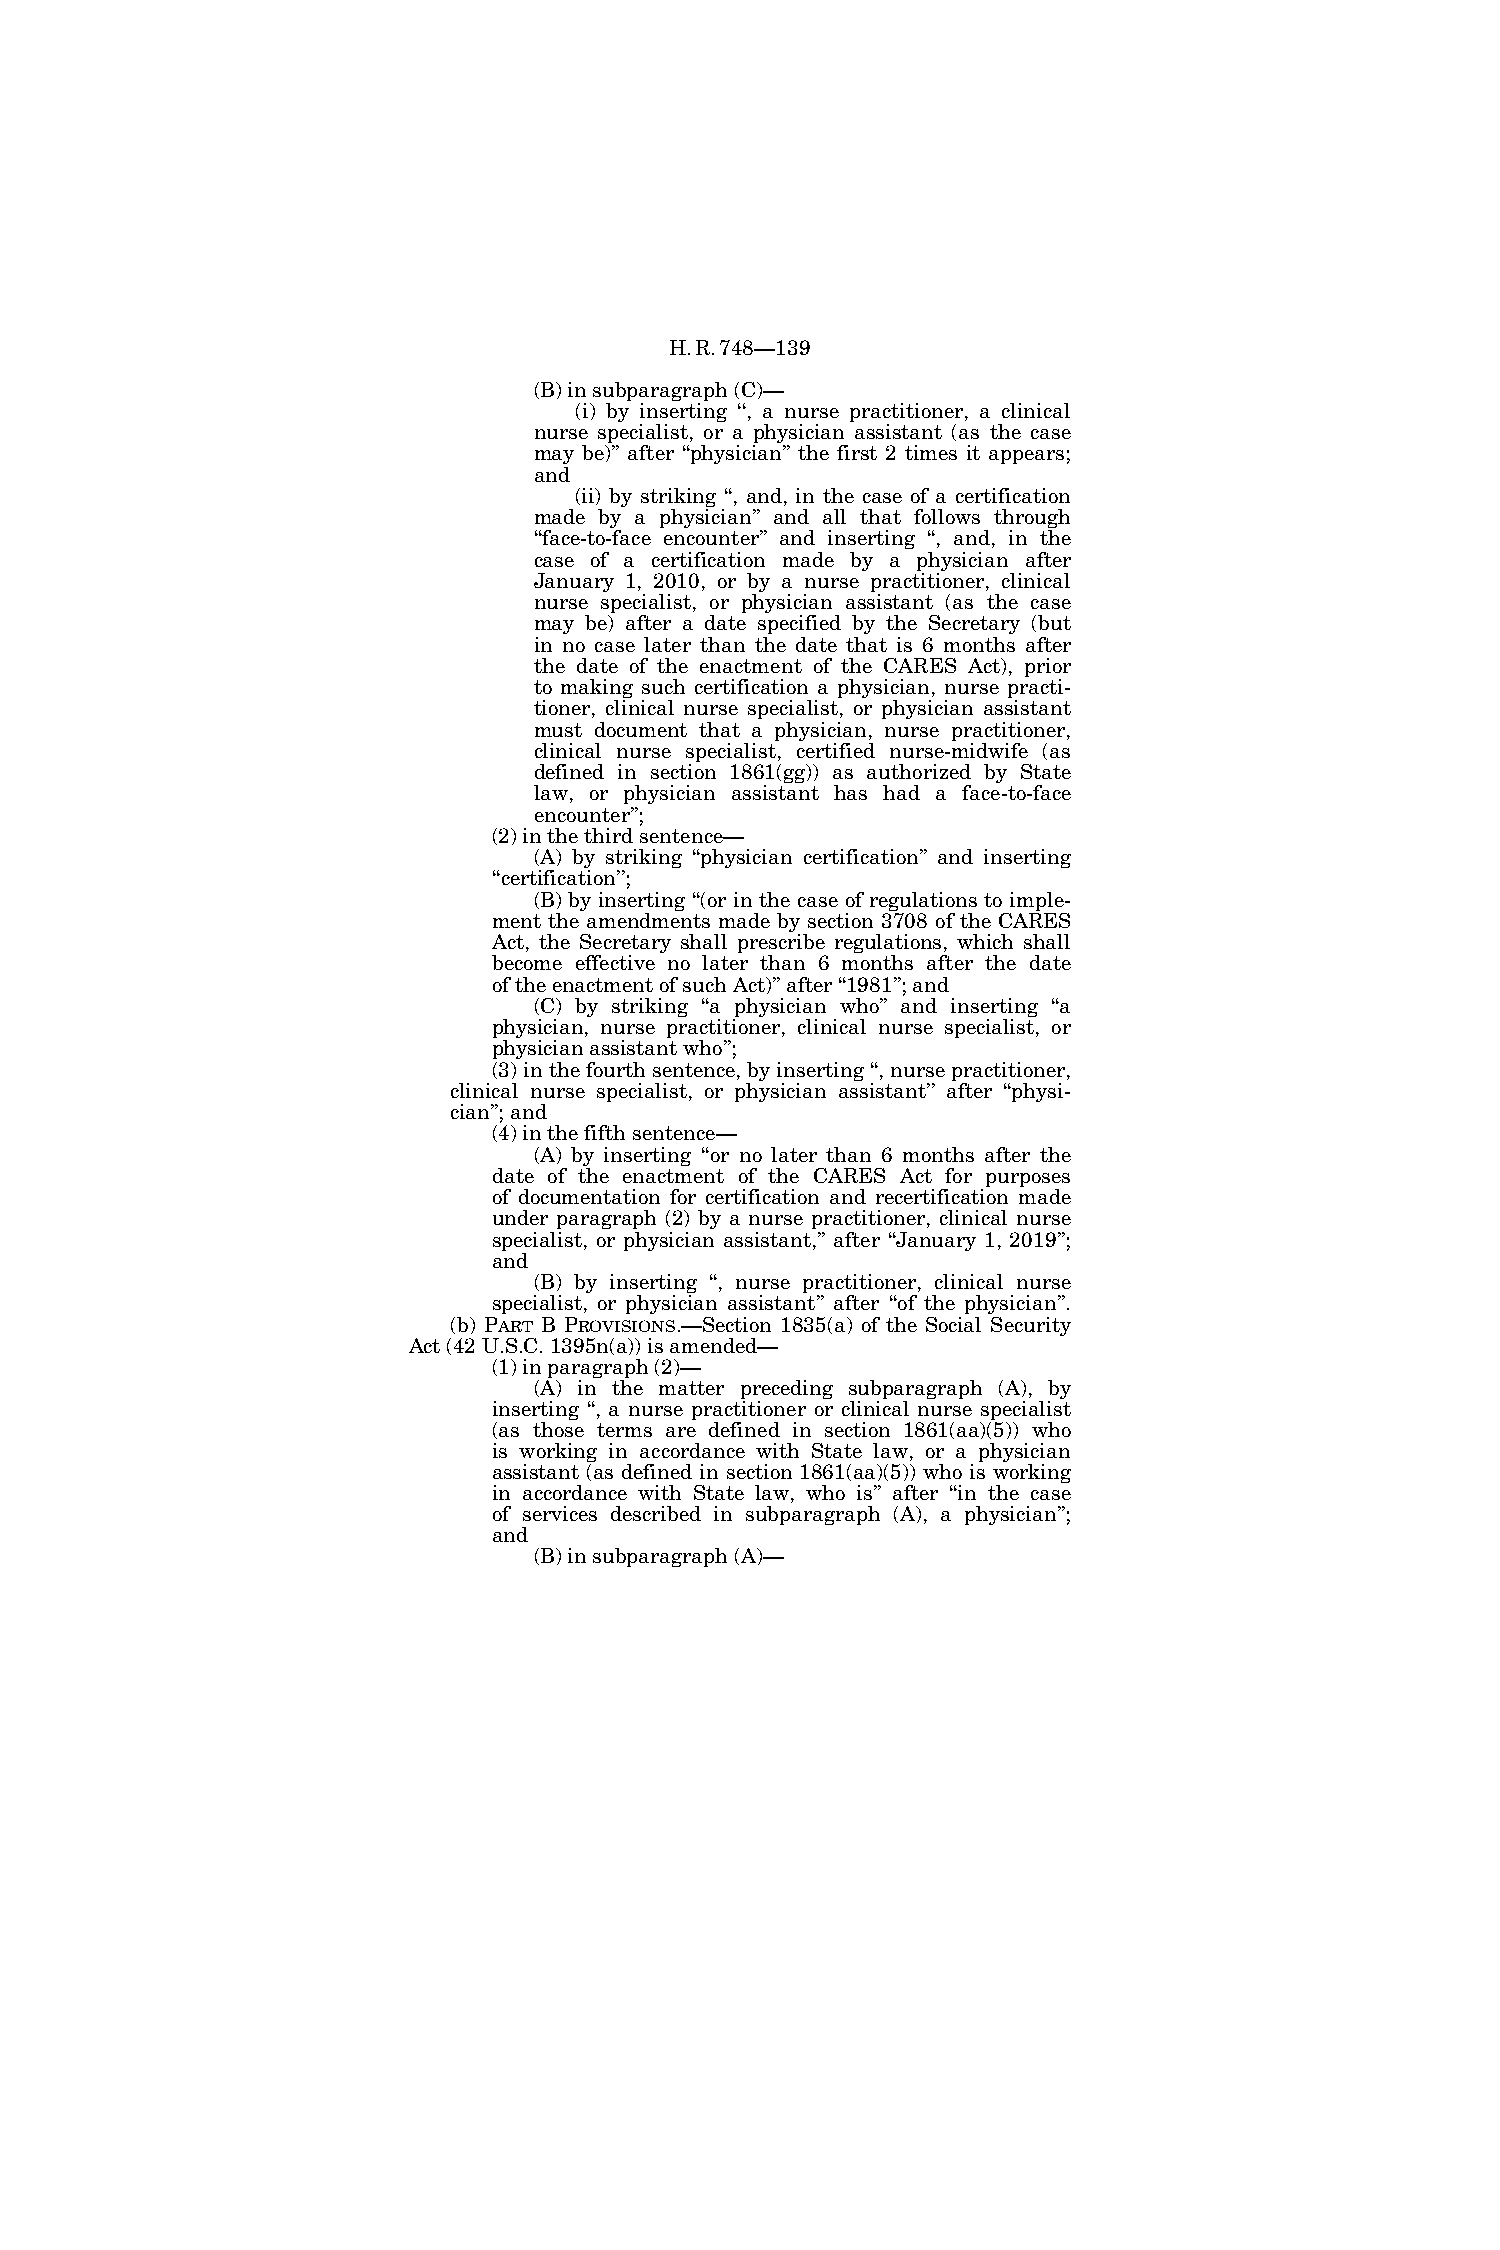
H.R.748—139
 (B) in subparagraph (C)—
 (i) by inserting ‘‘, a nurse practitioner, a clinical
 nurse specialist, or a physician assistant (as the case
 may be)’’ after ‘‘physician’’ the first 2 times it appears;
 and
 (ii) by striking ‘‘, and, in the case of a certification
 made by a physician’’ and all that follows through
 ‘‘face-to-face encounter’’ and inserting ‘‘, and, in the
 case of a certification made by a physician after
 January 1, 2010, or by a nurse practitioner, clinical
 nurse specialist, or physician assistant (as the case
 may be) after a date specified by the Secretary (but
 in no case later than the date that is 6 months after
 the date of the enactment of the CARES Act), prior
 to making such certification a physician, nurse practi-
 tioner, clinical nurse specialist, or physician assistant
 must document that a physician, nurse practitioner,
 clinical nurse specialist, certified nurse-midwife (as
 defined in section 1861(gg)) as authorized by State
 law, or physician assistant has had a face-to-face
 encounter’’;
 (2) in the third sentence—
 (A) by striking ‘‘physician certification’’ and inserting
 ‘‘certification’’;
 (B) by inserting ‘‘(or in the case of regulations to imple-
 ment the amendments made by section 3708 of the CARES
 Act, the Secretary shall prescribe regulations, which shall
 become effective no later than 6 months after the date
 of the enactment of such Act)’’ after ‘‘1981’’; and
 (C) by striking ‘‘a physician who’’ and inserting ‘‘a
 physician, nurse practitioner, clinical nurse specialist, or
 physician assistant who’’;
 (3) in the fourth sentence, by inserting ‘‘, nurse practitioner,
 clinical nurse specialist, or physician assistant’’ after ‘‘physi-
 cian’’; and
 (4) in the fifth sentence—
 (A) by inserting ‘‘or no later than 6 months after the
 date of the enactment of the CARES Act for purposes
 of documentation for certification and recertification made
 under paragraph (2) by a nurse practitioner, clinical nurse
 specialist, or physician assistant,’’ after ‘‘January 1, 2019’’;
 and
 (B) by inserting ‘‘, nurse practitioner, clinical nurse
 specialist, or physician assistant’’ after ‘‘of the physician’’.
 (b) PART B PROVISIONS.—Section 1835(a) of the Social Security
 Act (42 U.S.C. 1395n(a)) is amended—
 (1) in paragraph (2)—
 (A) in the matter preceding subparagraph (A), by
 inserting ‘‘, a nurse practitioner or clinical nurse specialist
 (as those terms are defined in section 1861(aa)(5)) who
 is working in accordance with State law, or a physician
 assistant (as defined in section 1861(aa)(5)) who is working
 in accordance with State law, who is’’ after ‘‘in the case
 of services described in subparagraph (A), a physician’’;
 and
 (B) in subparagraph (A)—